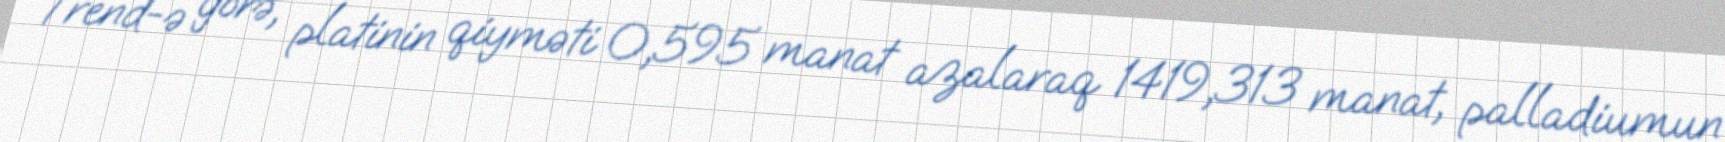
Trend-ə görə, platinin qiyməti 0,595 manat azalaraq 1419,313 manat, palladiumun